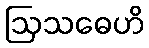
ဩသဓေဟိ